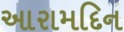
આરામદિન